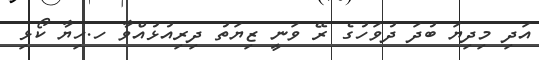
އަދި މިދިޔަ ބުދަ ދުވަހުގެ ރޭ ވަނީ ޒިޔަތު ދިރިއުޅުއްވާ ހ.ހިޔާ ކޯޅި